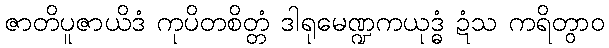
ဇာတိပူဇာယိဒံ ကုပိတစိတ္တံ ဒါရုမေဏ္ဍကယုဒ္ဓံ ဍံသ ကရိတွာဝ